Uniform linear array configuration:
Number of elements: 16
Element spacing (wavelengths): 0.25
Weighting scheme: kaiser
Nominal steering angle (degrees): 15
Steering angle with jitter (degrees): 13.907
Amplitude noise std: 0.05
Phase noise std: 0.05

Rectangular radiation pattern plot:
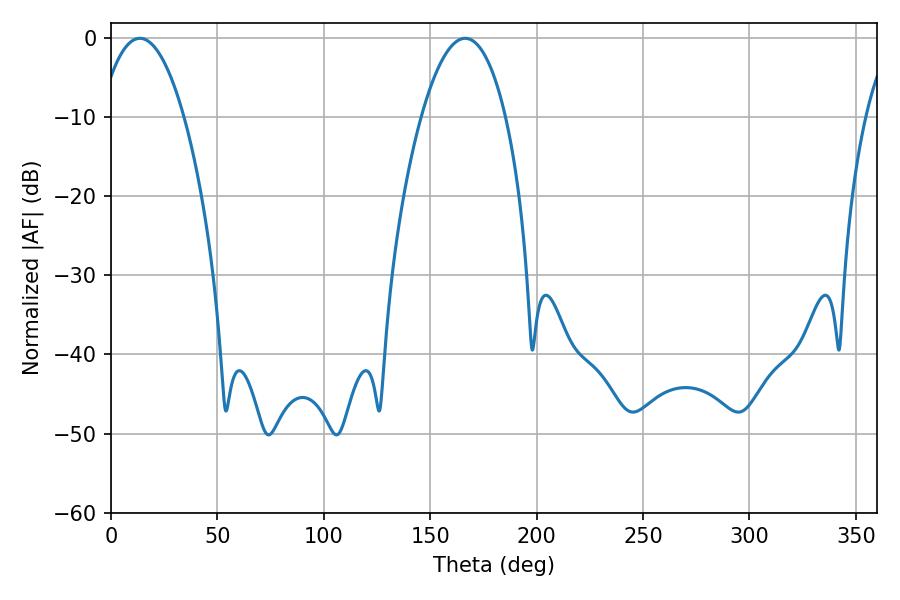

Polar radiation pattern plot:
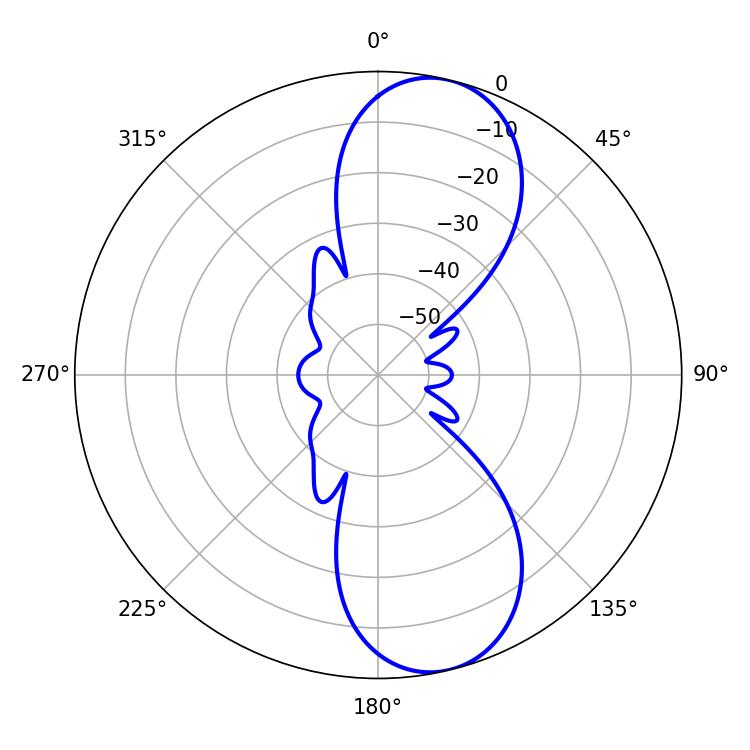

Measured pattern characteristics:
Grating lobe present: FALSE
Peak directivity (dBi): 10.071
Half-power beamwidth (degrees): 21.96
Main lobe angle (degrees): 13.5